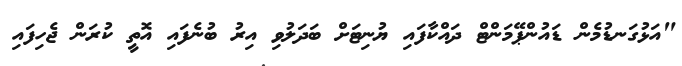
"އަޅުގަނޑުމެން ޑައުންޕޭމަންޓް ދައްކާފައި ޔުނިޓަށް ބަދަލުވި އިރު ބުނެފައި އޮތީ ކުރަން ޖެހިފައި